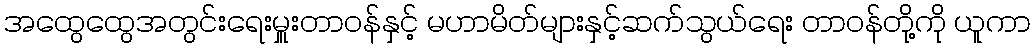
အထွေထွေအတွင်းရေးမှူးတာဝန်နှင့် မဟာမိတ်များနှင့်ဆက်သွယ်ရေး တာဝန်တို့ကို ယူကာ